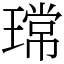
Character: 瑺